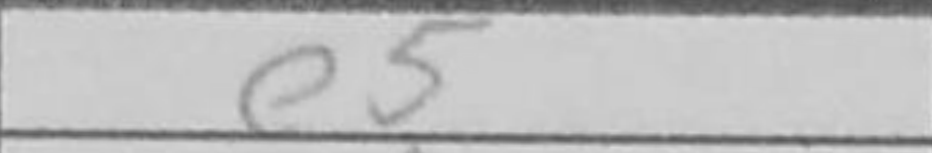
Transcription: e5